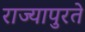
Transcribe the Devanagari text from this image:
राज्यापुरते